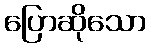
ပြောဆိုသော